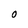
Character: O